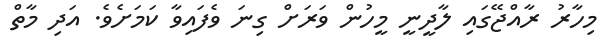
މިހާރު ރާއްޖޭގައި ލާދީނީ މީހުން ވަރަށް ގިނަ ވެފައިވާ ކަމަށެވެ. އަދި މާތް